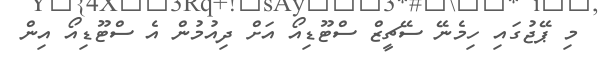
މި ޕޭޖުގައި ހިމެނޭ ސޭޗީޒް ސްޓޫޑިއޯ އަށް ދިއުމުން އެ ސްޓޫޑިއޯ އިން